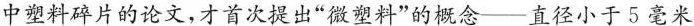
中塑料碎片的论文,才首次提出“微塑料”的概念——直径小于5毫米